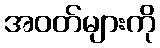
အဝတ်များကို